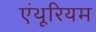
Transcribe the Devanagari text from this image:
एंथूरियम